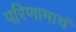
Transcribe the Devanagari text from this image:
परिणामाचं